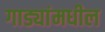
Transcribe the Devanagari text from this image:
गाड्यांमधील